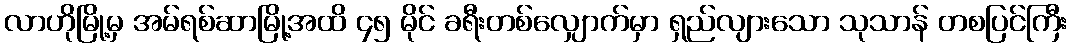
လာဟိုမြို့မှ အမ်ရစ်ဆာမြို့အထိ ၄၅ မိုင် ခရီးတစ်လျှောက်မှာ ရှည်လျားသော သုသာန် တစပြင်ကြီး